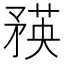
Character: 𥍼